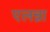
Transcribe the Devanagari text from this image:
एलन्ना